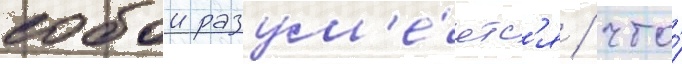
собои разум'е́етс'я / что́